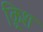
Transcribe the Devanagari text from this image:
क्र्रिश